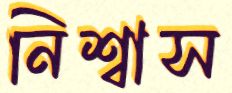
নিশ্বাস